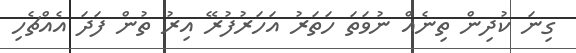
ގިނަ ކުދިން ތިނެއް ނުވަތަ ހަތަރު އަހަރުފުރޭ އިރު ތުން ފަދަ އެއްޗެހި